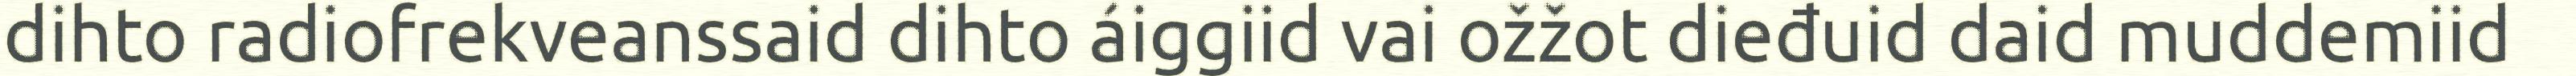
dihto radiofrekveanssaid dihto áiggiid vai ožžot dieđuid daid muddemiid